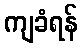
ကျခံရန်